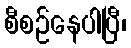
စီစဉ်နေပါပြီ၊